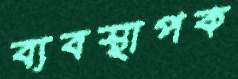
ব্যবস্থাপক